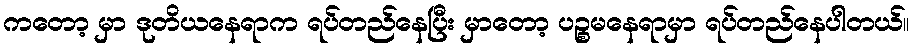
ကတော့ မှာ ဒုတိယနေရာက ရပ်တည်နေပြီး မှာတော့ ပဉ္စမနေရာမှာ ရပ်တည်နေပါတယ်။